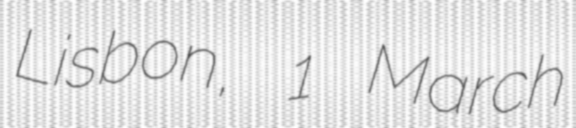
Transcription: Lisbon, 1 March